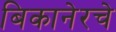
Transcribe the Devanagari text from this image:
बिकानेरचे